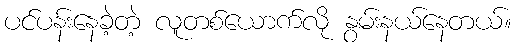
ပင်ပန်းနေခဲ့တဲ့ လူတစ်ယောက်လို နွမ်းနယ်နေတယ်။